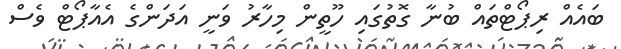
ބައެއް ރިޕޯޓްތައް ބުނާ ގޮތުގައި ހޫތީން މިހާރު ވަނީ އަދަންގެ އެއާޕޯޓް ވެސް